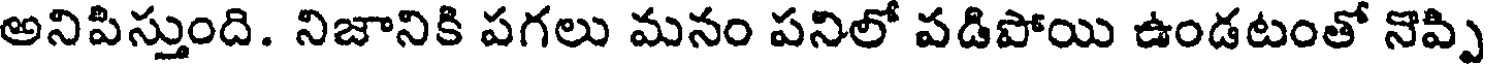
అనిపిస్తుంది. నిజానికి పగలు మనం పనిలో వడిపోయి ఉండటంతో నొప్పి